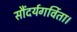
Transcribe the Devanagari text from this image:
सौंदर्यगर्विता।